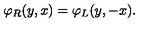
\varphi _ { R } ( y , x ) = \varphi _ { L } ( y , - x ) .